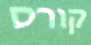
קורס